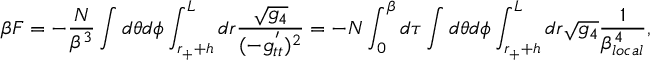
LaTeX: \beta F = - \frac { N } { \beta ^ { 3 } } \int d \theta d \phi \int _ { r _ { + } + h } ^ { L } d r \frac { \sqrt { g _ { 4 } } } { ( - g _ { t t } ^ { ' } ) ^ { 2 } } = - N \int _ { 0 } ^ { \beta } d \tau \int d \theta d \phi \int _ { r _ { + } + h } ^ { L } d r \sqrt { g _ { 4 } } \frac { 1 } { \beta _ { l o c a l } ^ { 4 } } ,